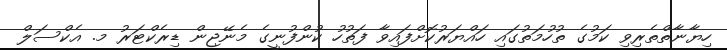
ހިޔާނާތްތެރިވި ކަމުގެ ތުހުމަތުގައި ހައްޔަރުކޮށްފައިވާ ފަތުހު ކުންފުނީގެ މެނޭޖިން ޑިރެކްޓަރު މ. އެކްސަލް